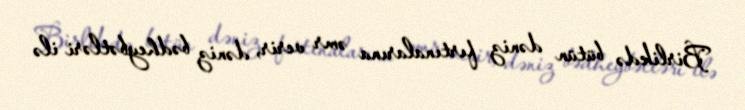
Birlikdə bütün dəniz fırtınalarına əmr verir, dəniz bədheybətləri ilə